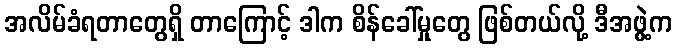
အလိမ်ခံရတာတွေရှိ တာကြောင့် ဒါက စိန်ခေါ်မှုတွေ ဖြစ်တယ်လို့ ဒီအဖွဲ့က